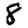
Digit: 8